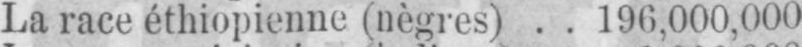
La race éthiopienne (nègres) .. 196,000,000